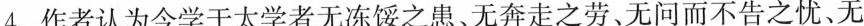
4. 作者认为今学于太学者无冻馁之患、无奔走之劳、无问而不告之忧、无